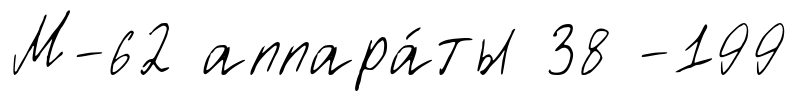
М-62 аппара́ты 38 -199